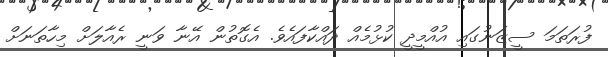
ފުރަތަމަ ސީޒަނުގައި އުއްމީދީ ކުޅުމެއް ދައްކާފައެވެ. އެގޮތުން އޭނާ ވަނީ ރެއާލަށް މިހާތަނަށް